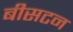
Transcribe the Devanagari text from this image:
बीसटन